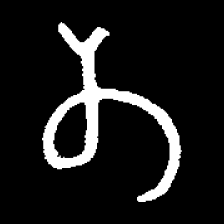
Pyu character \u2014 Myanmar letter: တ (romanized: ta)